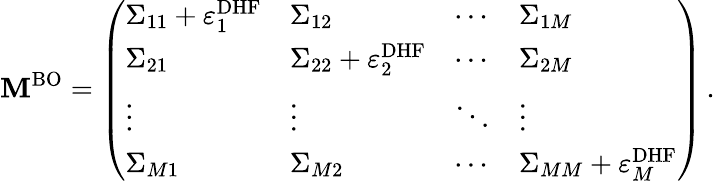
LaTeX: \mathbf{M}^{\mathrm{{BO}}}=\left(\begin{array}{llll}{\Sigma_{11}+\varepsilon_{1}^{\mathrm{DHF}}}&{\Sigma_{12}}&{\cdots}&{\Sigma_{1M}}\\ {\Sigma_{21}}&{\Sigma_{22}+\varepsilon_{2}^{\mathrm{DHF}}}&{\cdots}&{\Sigma_{2M}}\\ {\vdots}&{\vdots}&{\ddots}&{\vdots}\\ {\Sigma_{M1}}&{\Sigma_{M2}}&{\cdots}&{\Sigma_{MM}+\varepsilon_{M}^{\mathrm{DHF}}}\end{array}\right)\, .